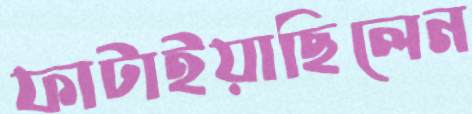
ফাটাইয়াছিলেন